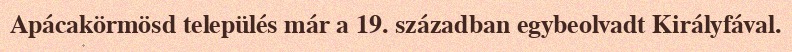
Apácakörmösd település már a 19. században egybeolvadt Királyfával.